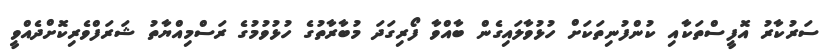
ސަރުކާރު އޮފީސްތަކާއި ކުންފުނިތަކަށް ހުޅުވާލައިގެން ބާއްވާ ފޯރިގަދަ މުބާރާތުގެ ހުޅުވުމުގެ ރަސްމިއްޔާތު ޝަރަފްވެރިކޮށްދެއްވީ